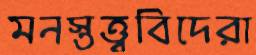
মনস্তত্ত্ববিদেরা